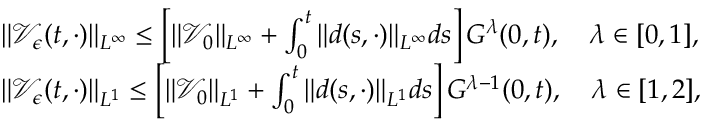
\begin{array} { r l } & { \| \mathcal { V } _ { \epsilon } ( t , \cdot ) \| _ { L ^ { \infty } } \leq \left[ \| \mathcal { V } _ { 0 } \| _ { L ^ { \infty } } + \int _ { 0 } ^ { t } \| d ( s , \cdot ) \| _ { L ^ { \infty } } d s \right] G ^ { \lambda } ( 0 , t ) , \quad \lambda \in [ 0 , 1 ] , } \\ & { \| \mathcal { V } _ { \epsilon } ( t , \cdot ) \| _ { L ^ { 1 } } \leq \left[ \| \mathcal { V } _ { 0 } \| _ { L ^ { 1 } } + \int _ { 0 } ^ { t } \| d ( s , \cdot ) \| _ { L ^ { 1 } } d s \right] G ^ { \lambda - 1 } ( 0 , t ) , \quad \lambda \in [ 1 , 2 ] , } \end{array}